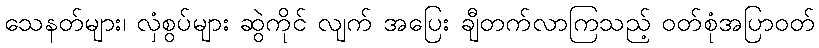
သေနတ်များ၊ လှံစွပ်များ ဆွဲကိုင် လျက် အပြေး ချီတက်လာကြသည့် ဝတ်စုံအပြာဝတ်